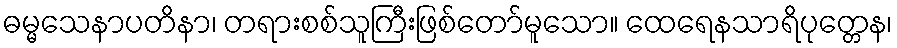
ဓမ္မသေနာပတိနာ၊ တရားစစ်သူကြီးဖြစ်တော်မူသော။ ထေရေနသာရိပုတ္တေန၊